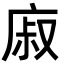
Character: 𢉌